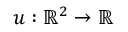
u : \mathbb { R } ^ { 2 } \to \mathbb { R } \quad